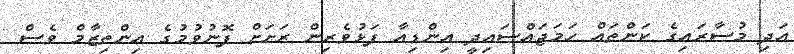
އަދި މުސާރައިގެ ކަންތައް ހަމަޖައްސައިދީ އިންޑިއާ ފަޅުވެރިން ރަށަށް ފޮނުވުމުގެ އިންތިޒާމް ވެސް